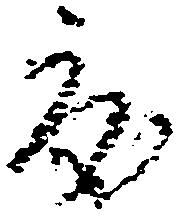
度